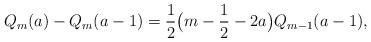
LaTeX: \begin{align*}Q_m(a)- Q_m(a-1) = \frac{1}{2} \big( m -\frac{1}{2} -2a\big) Q_{m-1}(a-1),\end{align*}